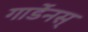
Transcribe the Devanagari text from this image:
गार्डेनस्